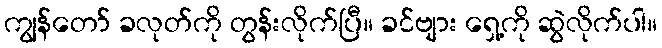
ကျွန်တော် ခလုတ်ကို တွန်းလိုက်ပြီ။ ခင်ဗျား ရှေ့ကို ဆွဲလိုက်ပါ။